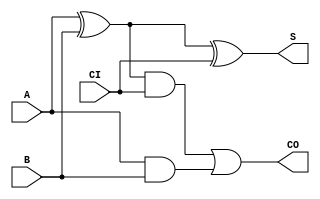
/*
	one-bit full adder
	
	test passed
*/

module full_adder(A, B, CI, S, CO);
	input A, B, CI;
	output S, CO;
	
	wire AxB = (A^B);
	
	assign S = AxB^CI;
	assign CO = (AxB&CI) | (A&B);
	
endmodule

//////////////////////////////////////////

module full_adder_tb();
	reg [2:0] ABCI;
	wire S, CO;
	
	full_adder DUT (
		.A(ABCI[2]),
		.B(ABCI[1]),
		.CI(ABCI[0]),
		.S(S),
		.CO(CO)
	);
	
	initial begin
		ABCI = 0;
		repeat (7) begin
			#10
			if ( {CO, S} != ABCI[2] + ABCI[1] + ABCI[0]) begin
				$display("Error %h", ABCI);
			end
			ABCI = ABCI + 1;
		end
		$finish;
	end

endmodule